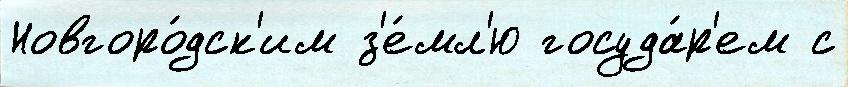
Новгоро́дск'им з'е́мл'ю госуда́р'ем с